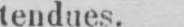
tendues.